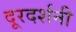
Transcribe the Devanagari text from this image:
दूरदर्शनी